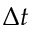
\Delta { t }